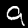
Digit: 9